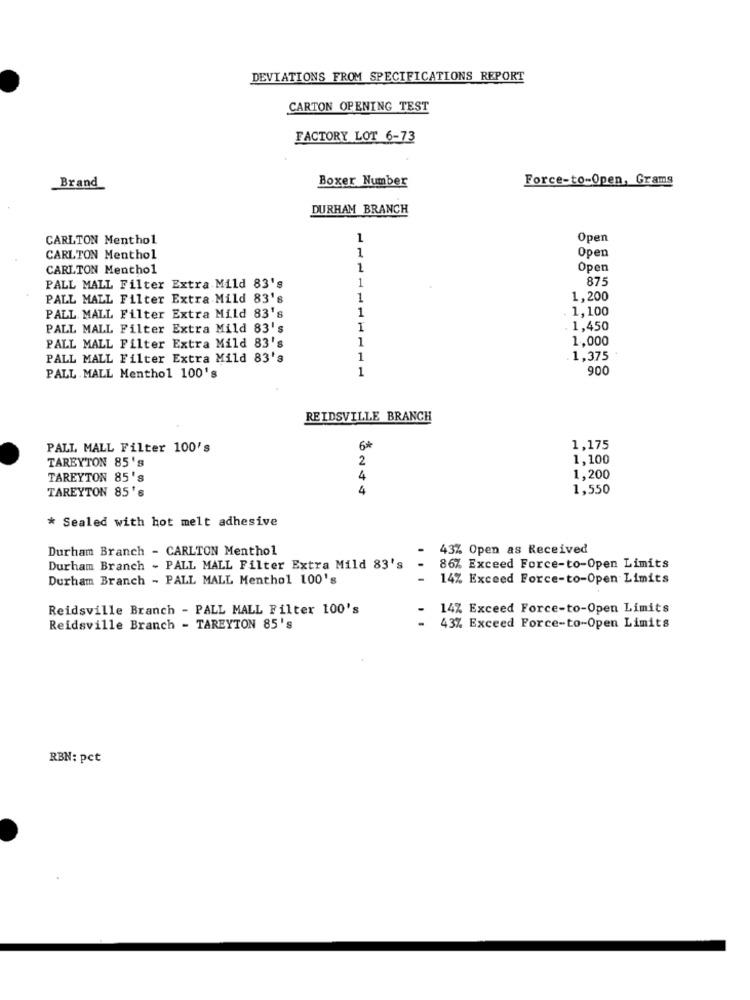
DEVIATIONS FROM SPECIFICATIONS REPORT
CARTON OPENING TEST
FACTORY LOT 6-73
Brand
Boxer Number
Force-to-Open, Grams
DURHAM BRANCH
CARLTON Menthol
1
Open
1
Open
CARLTON Menthol
CARLTON Menthol
1
Open
1
875
PALL MALL Filter Extra Mild 83's
PALL MALL Filter Extra Mild 83's
1
1,200
1
1,100
PALL MALL Filter Extra Mild 83's
PALL MALL Filter Extra Mild 83's
1
1,450
1
1.000
PALL MALL Filter Extra Mild 83's
PALL MALL Filter Extra Mild 83's
1
1,375
1
900
PALL MALL Menthol 100's
REIDSVILLE BRANCH
PALL MALL Filter 100's
6*
1,175
TAREYTON 85's
2
1,100
TAREYTON 85's
4
1,200
TAREYTON 85's
4
1,550
* Sealed with hot melt adhesive
Durham Branch - CARLTON Menthol
43% Open as Received
Durham Branch - PALL MALL Filter Extra Mild 83's
86% Exceed Force-to-Open Limits
Durham Branch - PALL MALL Menthol 100's
14% Exceed Force-to-Open Limits
Reidsville Branch - PALL MALL Filter 100's
14% Exceed Force-to-Open Limits
Reidsville Branch - TAREYTON 85's
43% Exceed Force-to-Open Limits
RBN: pct